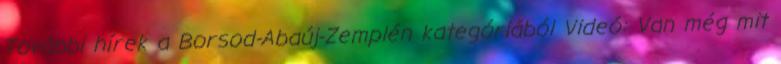
További hírek a Borsod-Abaúj-Zemplén kategóriából Videó: Van még mit